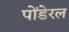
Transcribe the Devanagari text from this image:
पोंडेरल